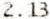
2.13